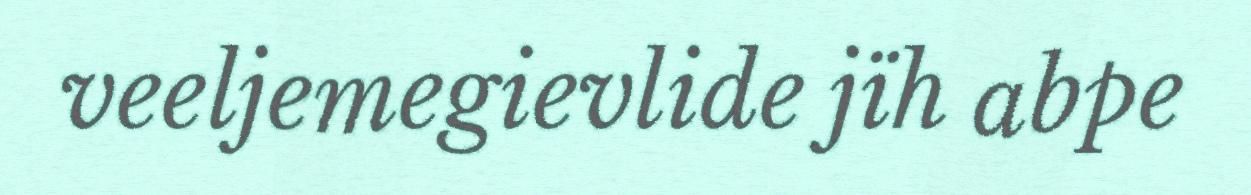
veeljemegievlide jïh abpe